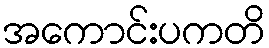
အကောင်းပကတိ